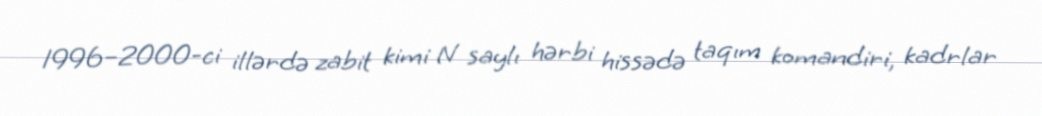
1996–2000-ci illərdə zabit kimi N saylı hərbi hissədə taqım komandiri, kadrlar